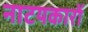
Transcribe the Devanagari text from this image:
नाटयकारों